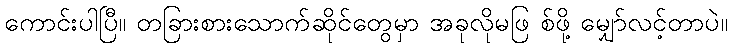
ကောင်းပါပြီ။ တခြားစားသောက်ဆိုင်တွေမှာ အခုလိုမဖြ စ်ဖို့ မျှော်လင့်တာပဲ။